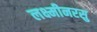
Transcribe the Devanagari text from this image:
लक्ष्मीनरसु